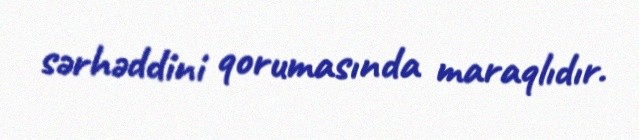
sərhəddini qorumasında maraqlıdır.